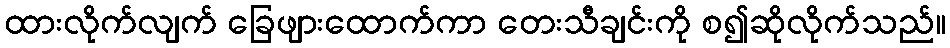
ထားလိုက်လျက် ခြေဖျားထောက်ကာ တေးသီချင်းကို စ၍ဆိုလိုက်သည်။